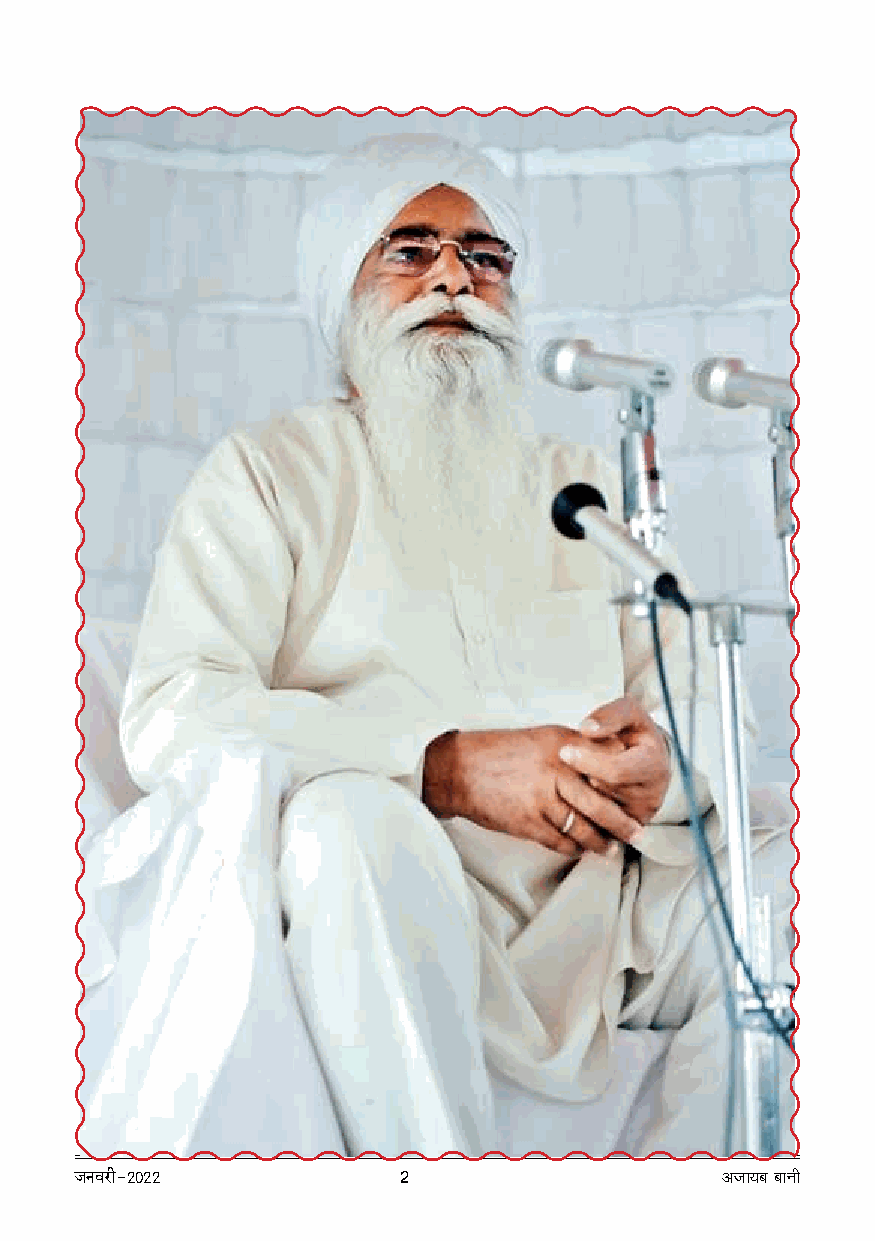
OZdar-2022           2                     AOm¶~ ~mZr